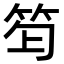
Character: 𥬿